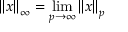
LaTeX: \left\| x \right\| _ { \infty } = \operatorname* { l i m } _ { p \to \infty } \left\| x \right\| _ { p }